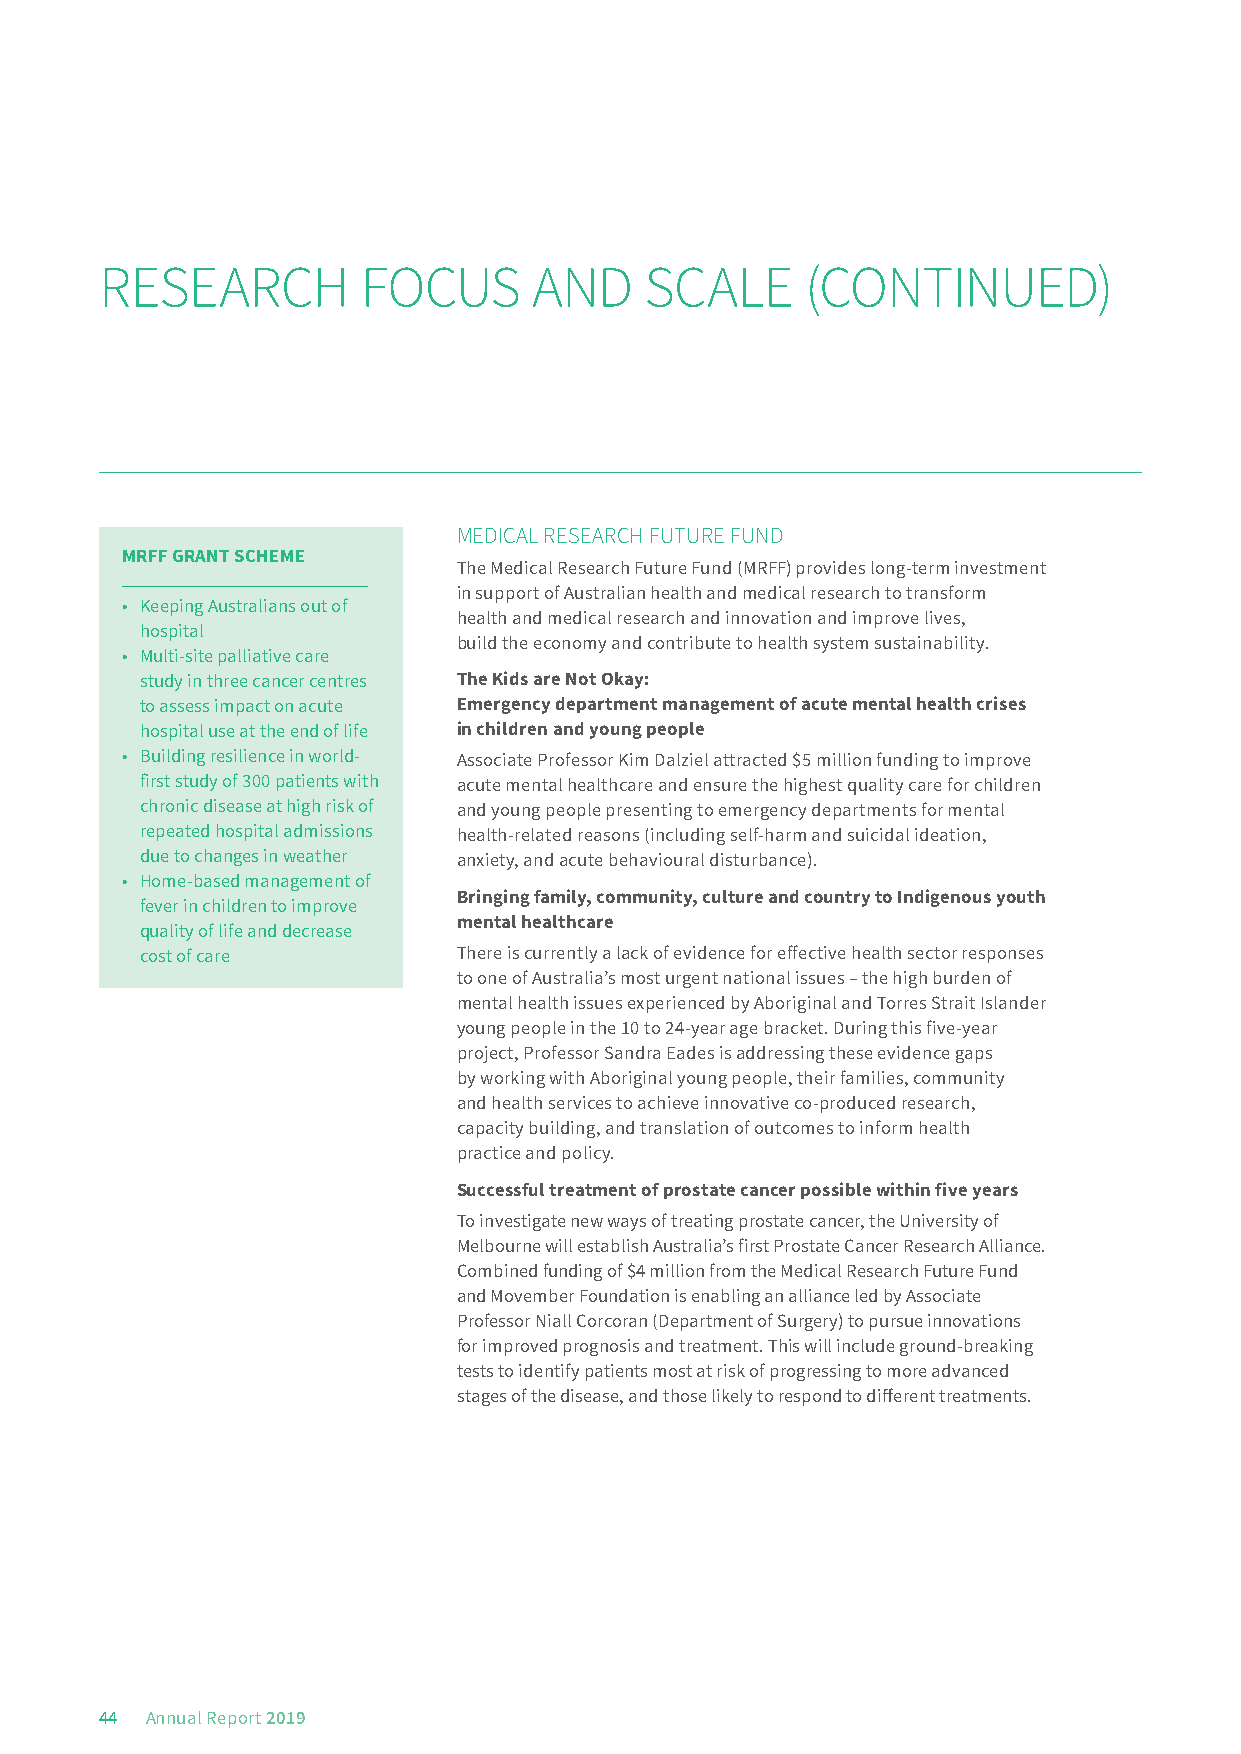
RESEARCH         FOCUS      AND     SCALE     (CONTINUED)
 MEDICAL RESEARCH FUTURE FUND
 MRFF GRANT SCHEME
 The Medical Research Future Fund (MRFF) provides long-term investment
 in support of Australian health and medical research to transform
 • Keeping Australians out of
 health and medical research and innovation and improve lives,
 hospital
 build the economy and contribute to health system sustainability.
 • Multi-site palliative care
 study in three cancer centres The Kids are Not Okay:
 to assess impact on acute Emergency department management of acute mental health crises
 hospital use at the end of life in children and young people
 • Building resilience in world- Associate Professor Kim Dalziel attracted $5 million funding to improve
 first study of 300 patients with acute mental healthcare and ensure the highest quality care for children
 chronic disease at high risk of and young people presenting to emergency departments for mental
 repeated hospital admissions health-related reasons (including self-harm and suicidal ideation,
 due to changes in weather anxiety, and acute behavioural disturbance).
 • Home-based management of
 Bringing family, community, culture and country to Indigenous youth
 fever in children to improve
 mental healthcare
 quality of life and decrease
 cost of care         There is currently a lack of evidence for effective health sector responses
 to one of Australia’s most urgent national issues – the high burden of
 mental health issues experienced by Aboriginal and Torres Strait Islander
 young people in the 10 to 24-year age bracket. During this five-year
 project, Professor Sandra Eades is addressing these evidence gaps
 by working with Aboriginal young people, their families, community
 and health services to achieve innovative co-produced research,
 capacity building, and translation of outcomes to inform health
 practice and policy.
 Successful treatment of prostate cancer possible within five years
 To investigate new ways of treating prostate cancer, the University of
 Melbourne will establish Australia’s first Prostate Cancer Research Alliance.
 Combined funding of $4 million from the Medical Research Future Fund
 and Movember Foundation is enabling an alliance led by Associate
 Professor Niall Corcoran (Department of Surgery) to pursue innovations
 for improved prognosis and treatment. This will include ground-breaking
 tests to identify patients most at risk of progressing to more advanced
 stages of the disease, and those likely to respond to different treatments.
 44 Annual Report 2019